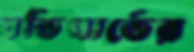
বডিগার্ডের